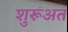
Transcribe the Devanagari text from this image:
शुरूअत